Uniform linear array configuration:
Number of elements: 48
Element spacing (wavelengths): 0.25
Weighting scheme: binomial
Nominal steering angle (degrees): -60
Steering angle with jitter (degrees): -61.312
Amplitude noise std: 0.05
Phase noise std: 0.05

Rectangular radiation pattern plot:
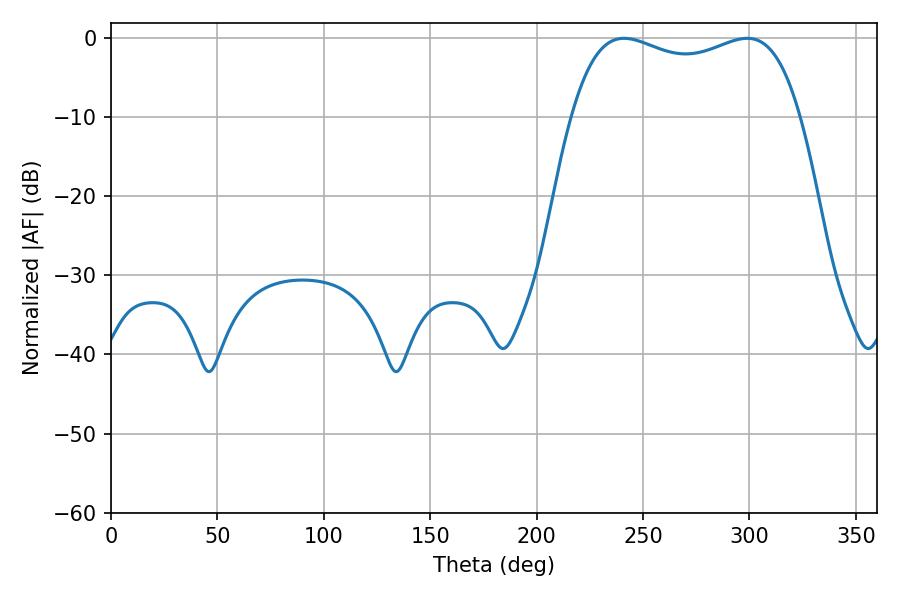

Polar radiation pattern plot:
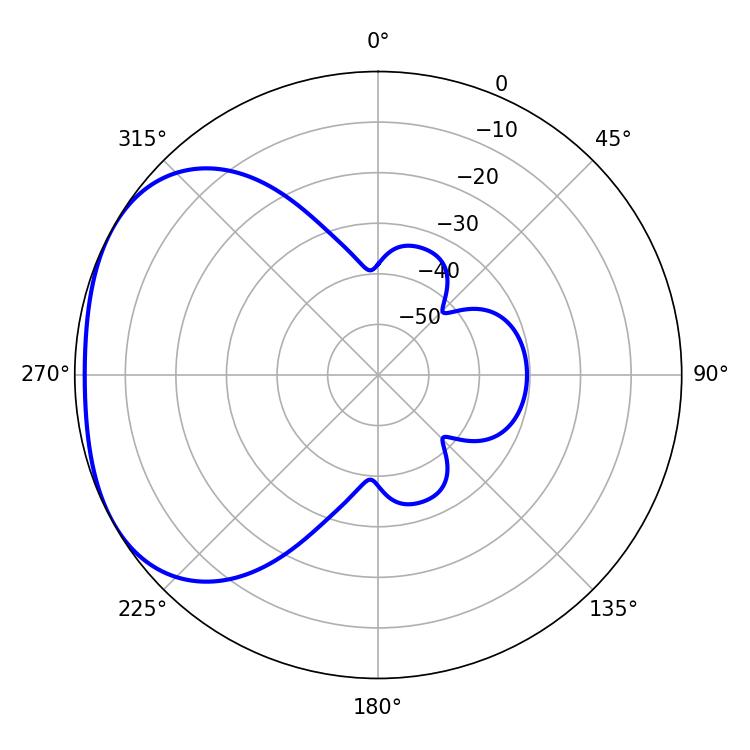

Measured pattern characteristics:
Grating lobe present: FALSE
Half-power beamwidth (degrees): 87.84
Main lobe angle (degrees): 241.02